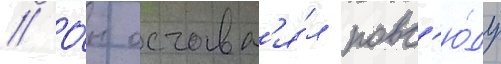
// О́н оставл'я́л повс'ю́ду